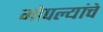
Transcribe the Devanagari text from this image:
मोपल्यांचे